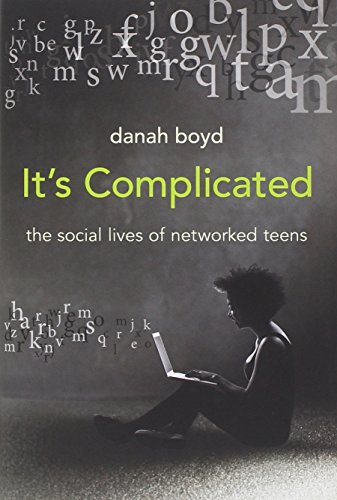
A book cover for It's Complicated: The Social Lives of Networked Teens; danah boyd; Computers & Technology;